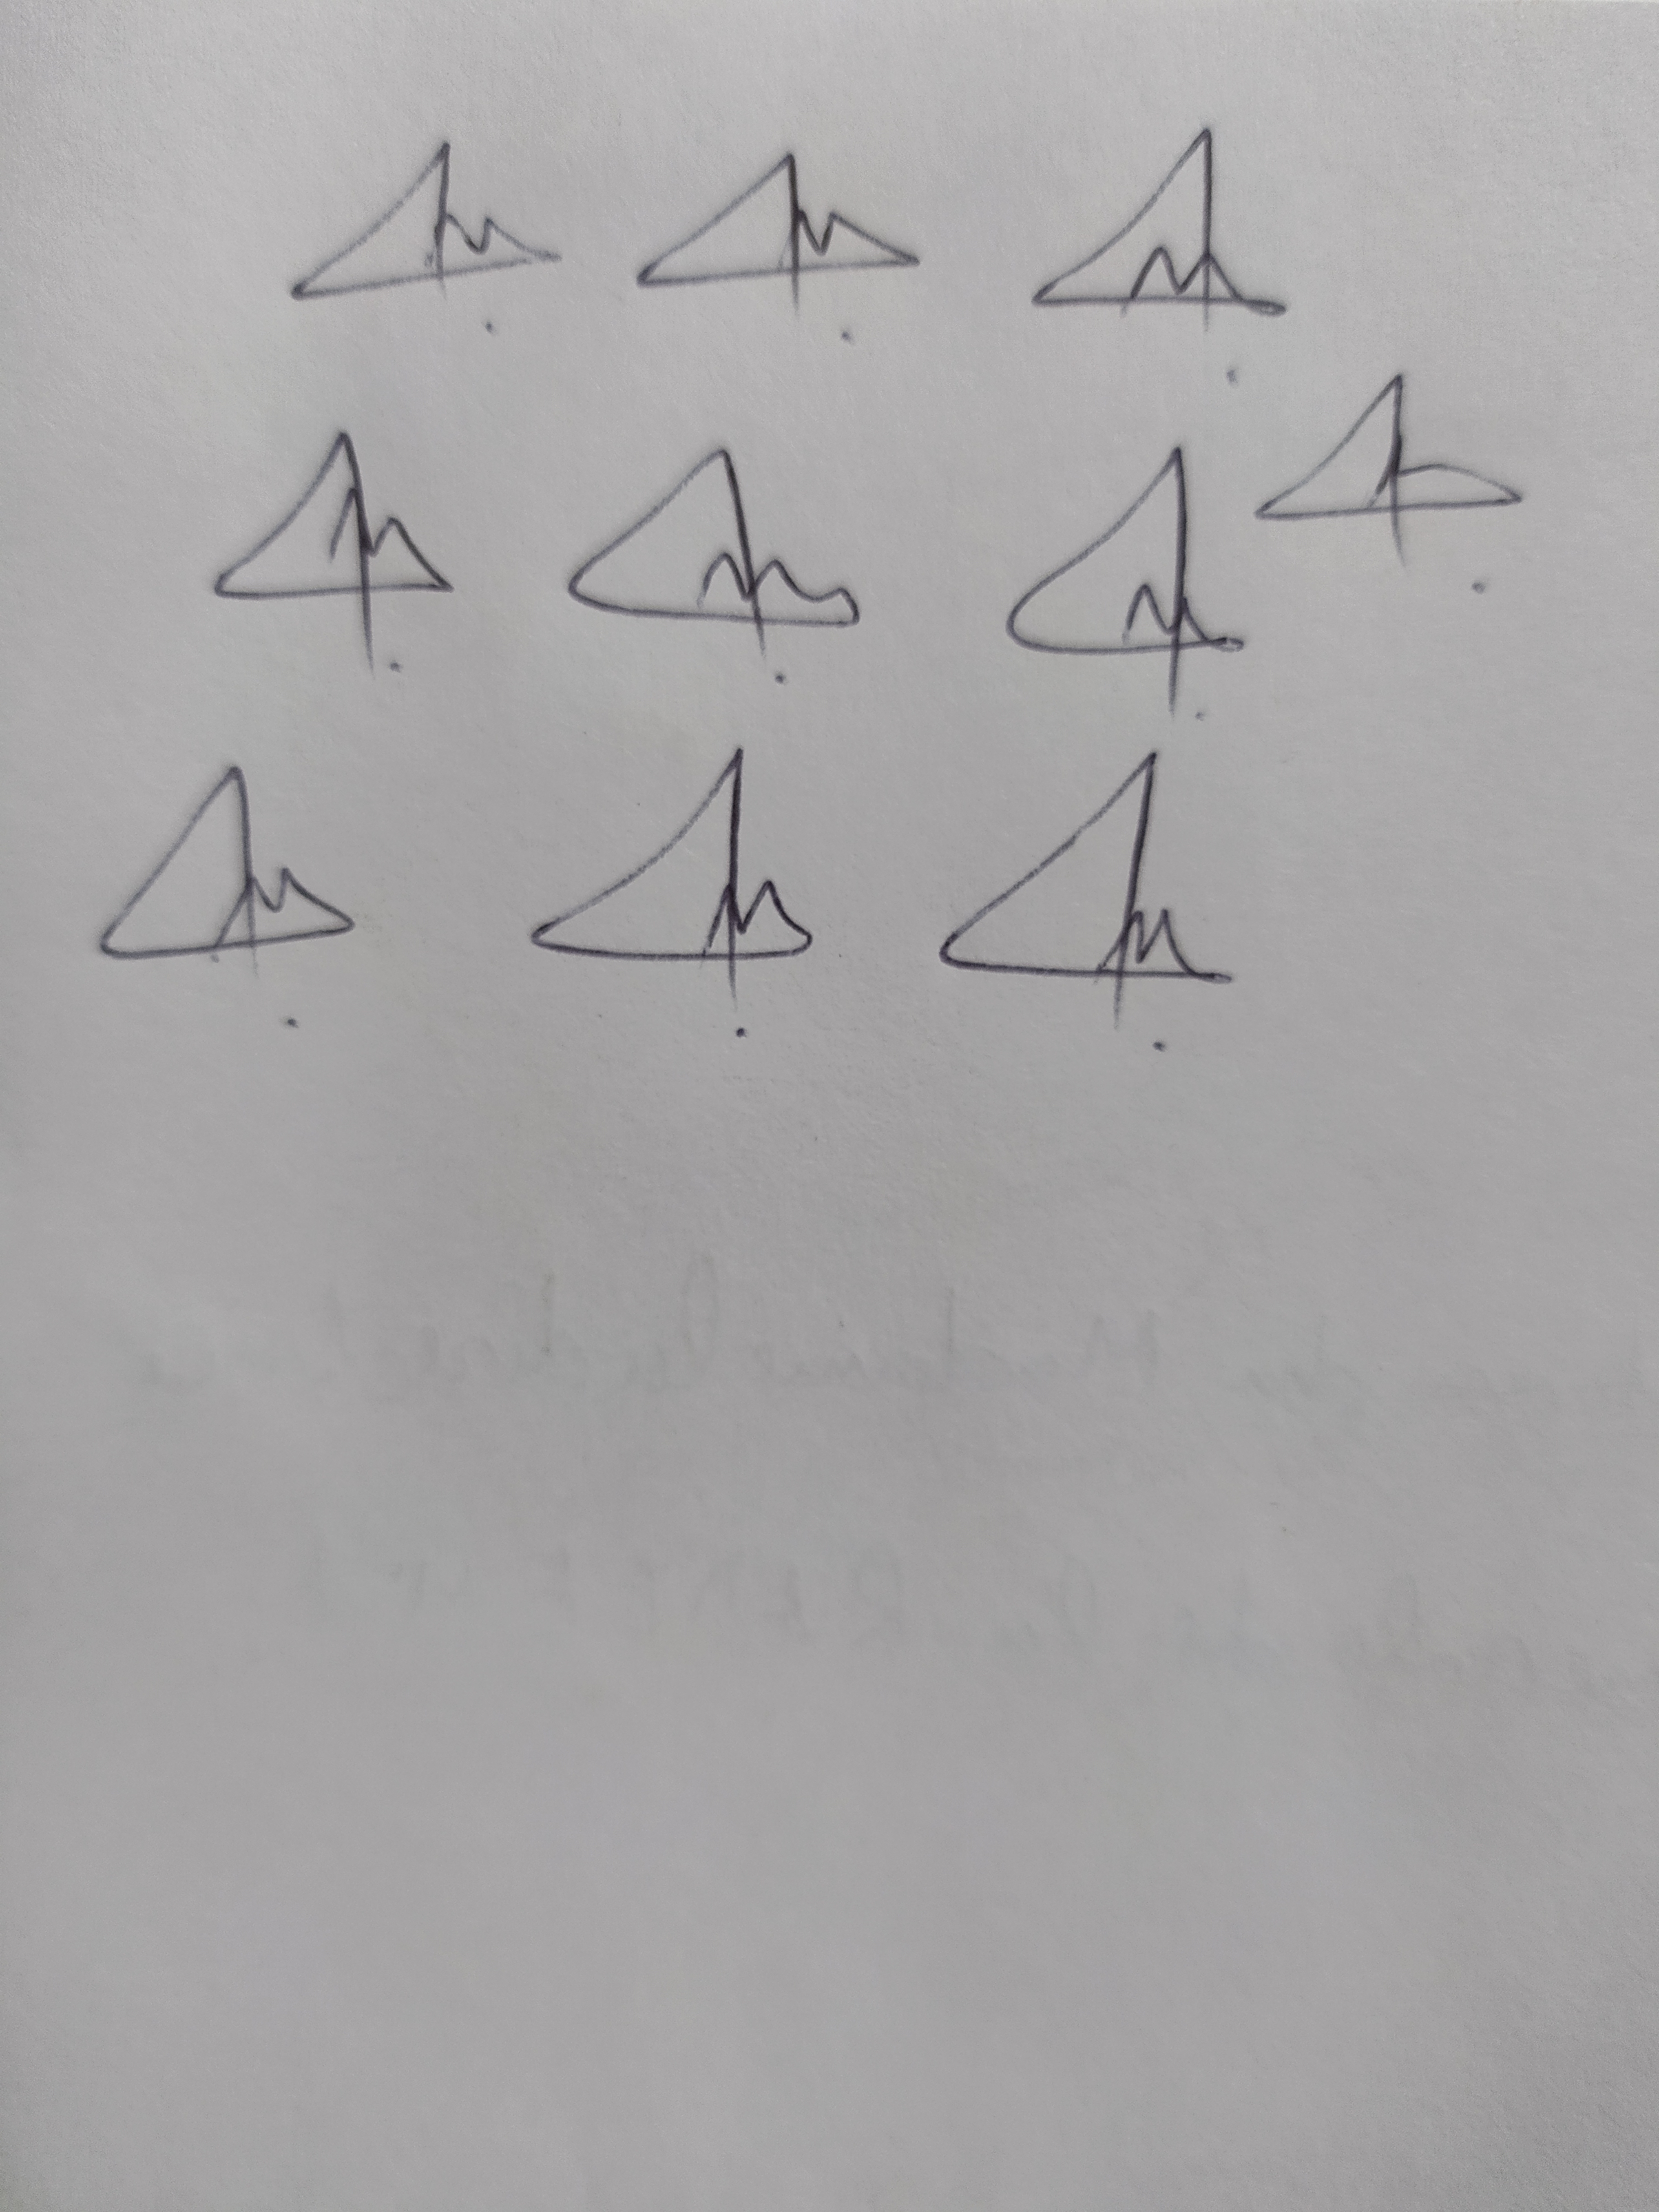
Signature authenticity: genuine